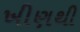
ખીણથી